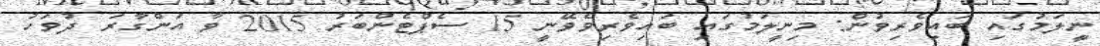
ނީލަމުގައި ބައިވެރިވުން: މިނީލަމުގައި ބައިވެރިވެވޭނީ 15 ސެޕްޓެންބަރު 2015 ވާ އަންގާރަ ދުވަހު